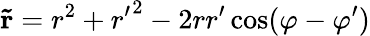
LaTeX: \mathbf{\tilde{r}}=r^{2}+{r^{\prime}}^{2}-2rr^{\prime}\cos(\varphi-\varphi^{\prime})